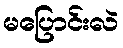
မပြောင်းလဲ